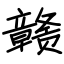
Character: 赣